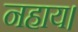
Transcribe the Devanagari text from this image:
नहाय।